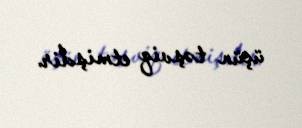
üçün təşviq etmişdir.